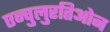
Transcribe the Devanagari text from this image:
एन्चुलुरतिओन